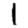
Digit: 1